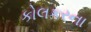
કોલકરના